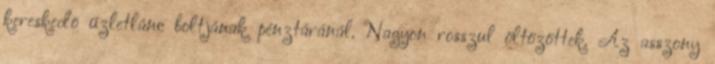
kereskedõ üzletlánc boltjának pénztáránál. Nagyon rosszul öltözöttek. Az asszony